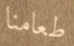
طعامنا